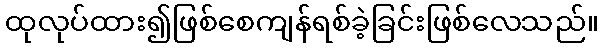
ထုလုပ်ထား၍ဖြစ်စေကျန်ရစ်ခဲ့ခြင်းဖြစ်လေသည်။